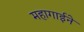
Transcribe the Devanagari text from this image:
महागाईने